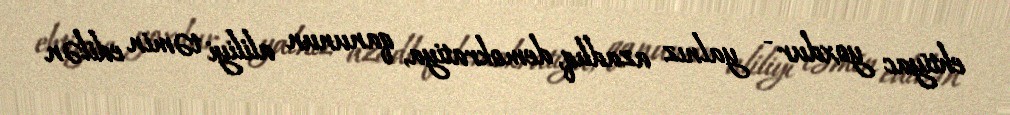
ehtiyac yoxdur - yalnız azadlıq, demokratiya, qanunun aliliyi təmin edilən